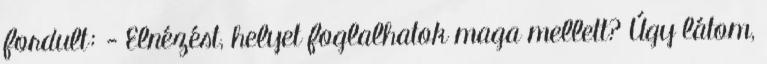
fordult: - Elnézést, helyet foglalhatok maga mellett? Úgy látom,